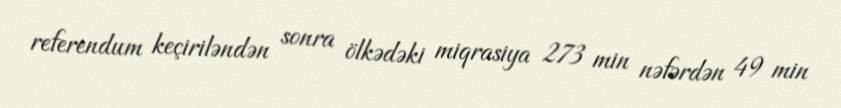
referendum keçiriləndən sonra ölkədəki miqrasiya 273 min nəfərdən 49 min